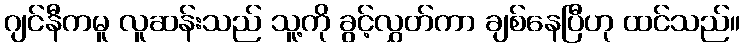
ဂျင်နီကမူ လူဆန်းသည် သူ့ကို ခွင့်လွှတ်ကာ ချစ်နေပြီဟု ထင်သည်။